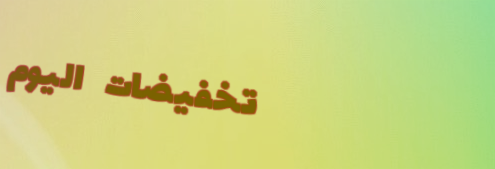
تخفيضات اليوم